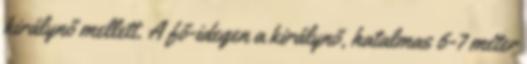
királynő mellett. A fő-idegen a királynő, hatalmas 6-7 méter